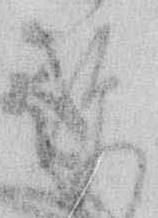
覧